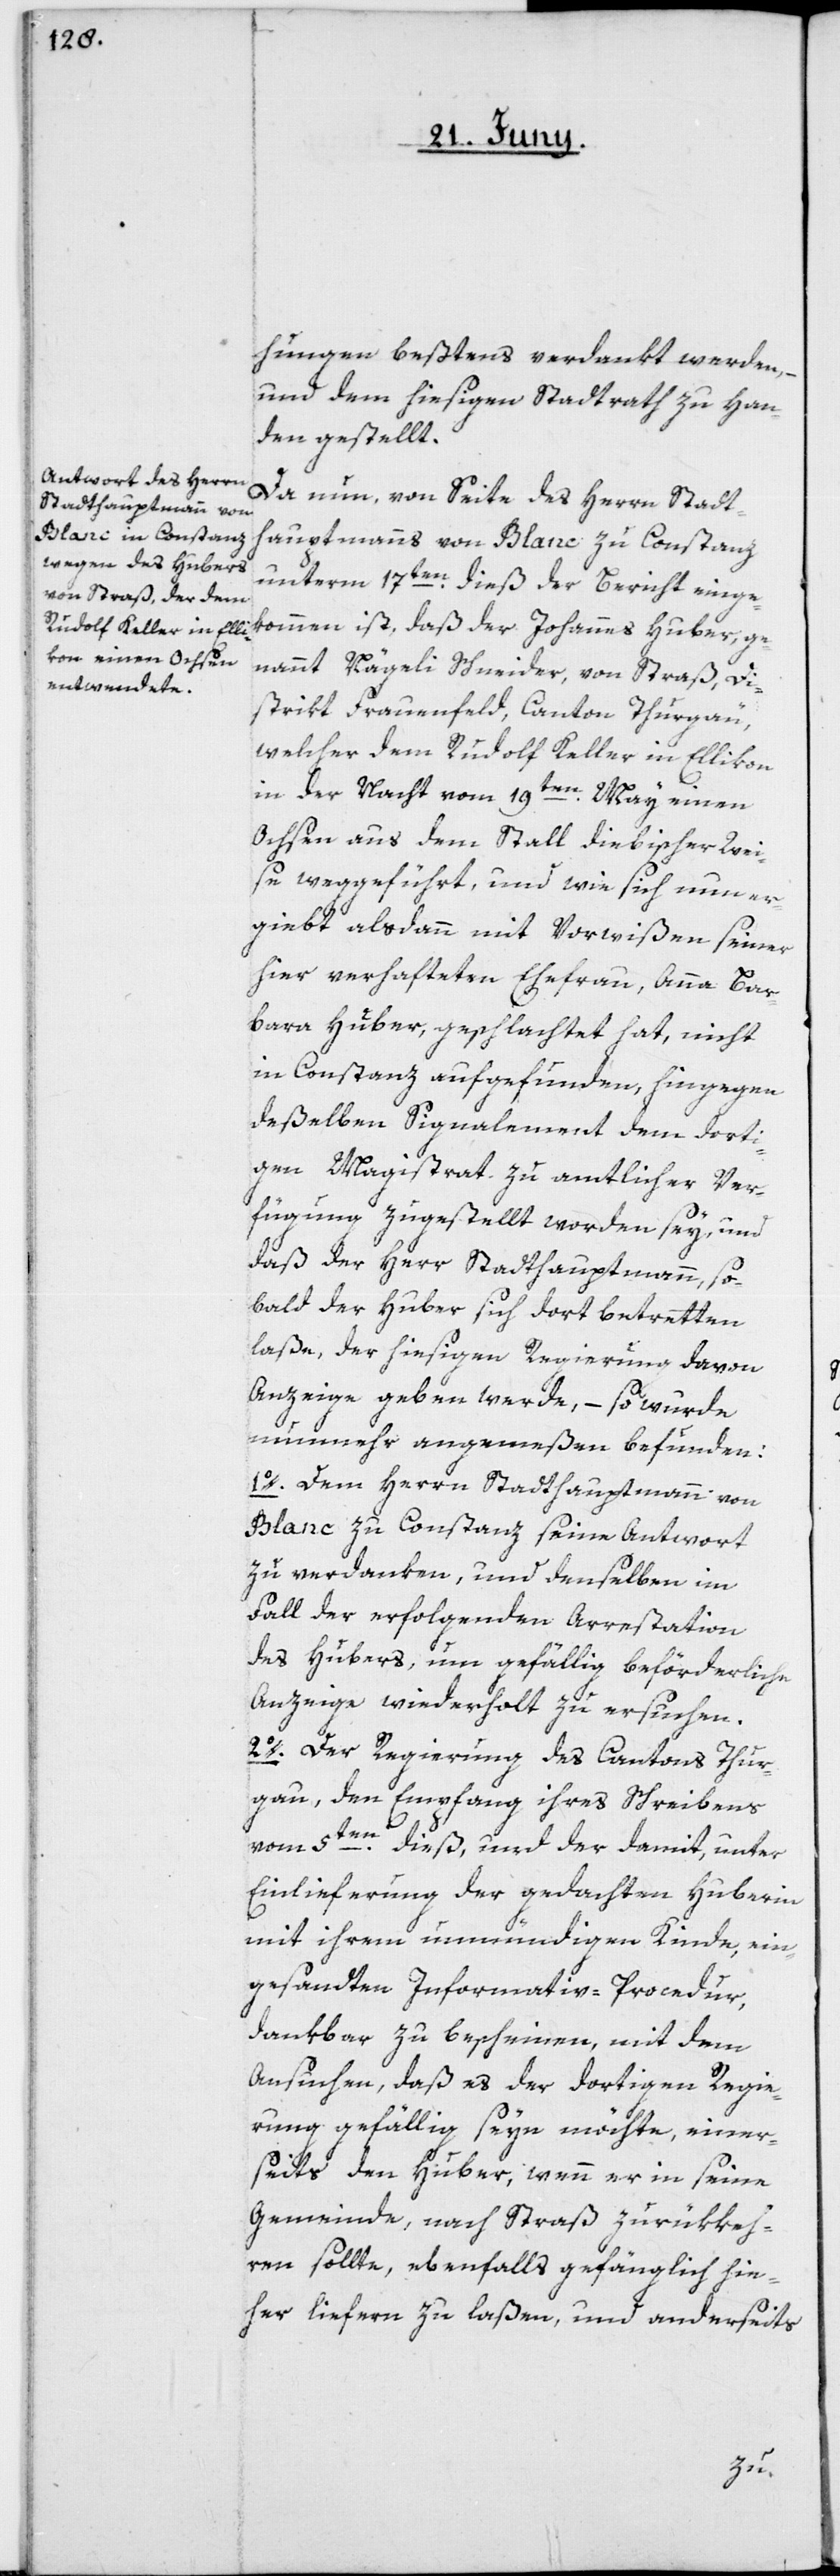
hungen beßtens verdankt werden,
und dem hiesigen Stadtrath zu Han¬
den gestellt.
Da nun, von Seite des Herrn Stadth¬
auptmanns von Blanc zu Constanz
unterm 17ten dieß, der Bericht einge¬
kommen ist, daß der Johannes Huber, ge¬
nannt Nägeli Schneider, von Straß, Di¬
strikt Frauenfeld, Canton Thurgau,
welcher dem Rudolf Keller in Ellikon
in der Nacht vom 19ten May einen
Ochsen aus dem Stall diebischer Wei¬
se weggeführt, und wie sich nun er¬
giebt, alsdann mit Vorwißen seiner
hier verhafteten Ehefrau, Anna Bar¬
bara Huber, geschlachtet hat, nicht
in Constanz aufgefunden, hingegen
deßelben Signalement dem dorti¬
gen Magistrat zu amtlicher Ver¬
fügung zugestellt worden sey, und
daß der Herr Stadthauptmann, so¬
bald der Huber sich dort betretten
laße, der hiesigen Regierung davon
Anzeige geben werde, – so wurde
nunmehr angemeßen befunden:
1o. Dem Herrn Stadthauptmann von
Blanc zu Constanz seine Antwort
zu verdanken, und denselben im
Fall der erfolgenden Arrestation
des Hubers, um gefällig beförderliche
Anzeige wiederholt zu ersuchen.
2o. Der Regierung des Cantons Thur¬
gau, den Empfang ihres Schreibens
vom 5ten dieß, und der damit unter
Einlieferung der gedachten Huberin
mit ihrem unmündigen Kinde, ein¬
gesandten Informativ-Procedur,
dankbar zu bescheinen, mit dem
Ansuchen, daß es der dortigen Regie¬
rung gefällig seyn möchte, einer¬
seits den Huber, wenn er in seine
Gemeinde, nach Straß zurükkeh¬
ren sollte, ebenfalls gefänglich hie¬
her liefern zu laßen, und anderseits